Lunatic asylums in Bengal annual reports 1888-1898 - 1888-1898
Year: 1888
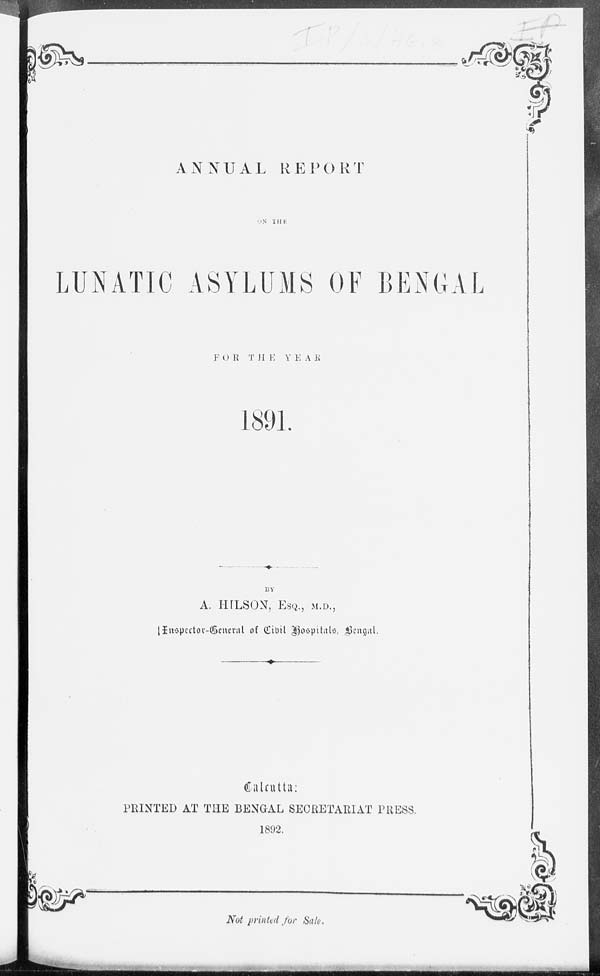
ANNUAL REPORT
ON THE
LUNATIC ASYLUMS OF BENGAL
FOR
THE YEAR
1891.
BY
A. HILSON, ESQ., M.D.,
Inspector-General of Civil Hospitals, Bengal.
Calcutta:
PRINTED AT THE BENGAL SECRETARIAT PRESS.
1892.
Not printed for Sale.